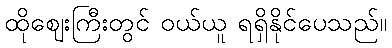
ထိုဈေးကြီးတွင် ဝယ်ယူ ရရှိနိုင်ပေသည်။